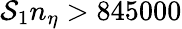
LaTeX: \mathcal{S}_{1}n_{\eta}>845000